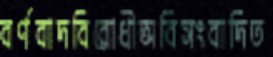
বর্ণবাদবিরোধীঅবিসংবাদিত